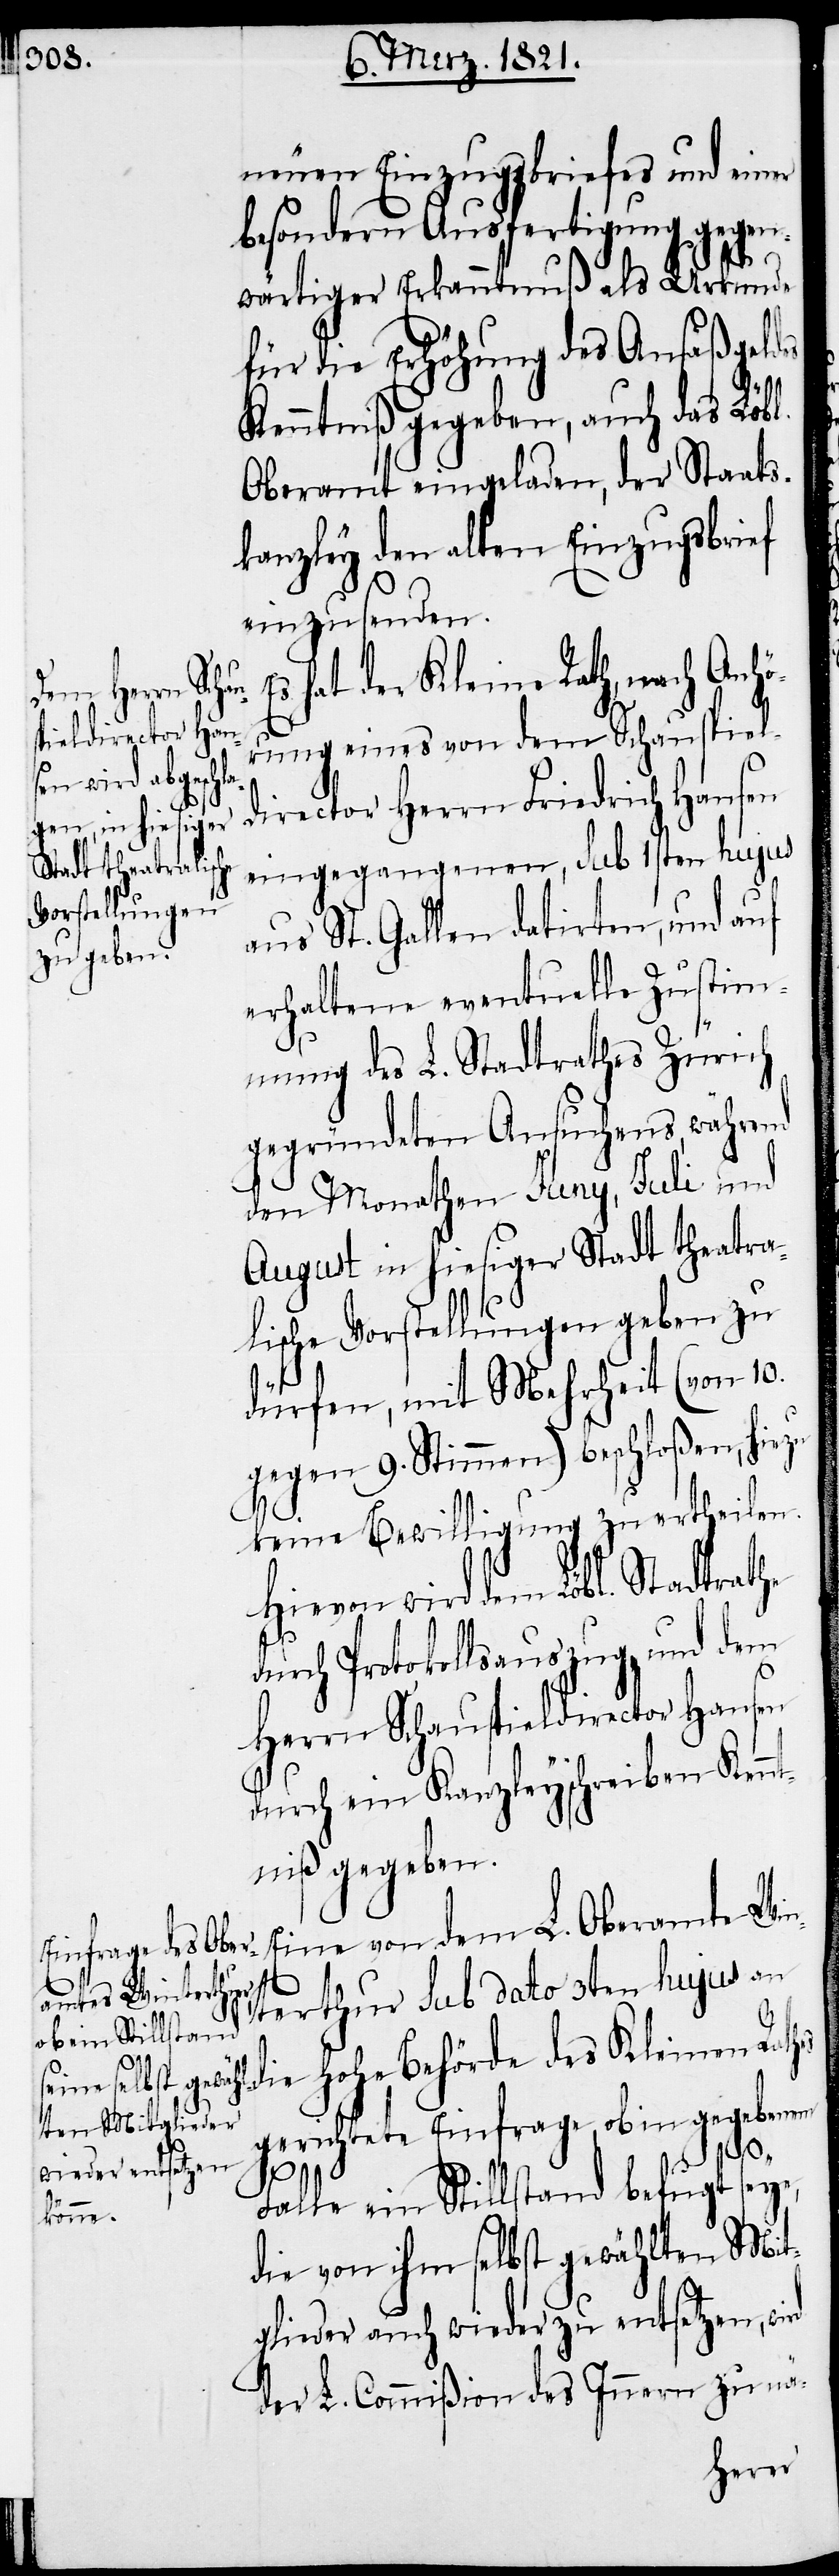
neuen Einzugsbriefes und einer
besondern Ausfertigung gegen¬
wärtiger Erkanntnuß als Urkunde
für die Erhöhung des Ansäßgeldes
Kenntniß gegeben, auch das Löbl.
Oberamt eingeladen, der Staats¬
kanzley den alten Einzugsbrief
einzusenden.
hat der Kleine Rath, nach Anhö¬
rung eines von dem Schauspiel¬
director Herrn Friedrich Hansen
es
eingegangenen, sub 1sten hujus
aus St. Gallen datirten, und auf
erhaltene eventuelle Zustim¬
mung des L. Stadtrathes Zürich
gegründeten Ansuchens, während
den Monathen Juny, Juli und
August in hiesiger Stadt theatra¬
lische Vorstellungen geben zu
dürfen, mit Mehrheit (von 10.
gegen 9. Stimmen) beschloßen, hiezu
keine Bewilligung zu ertheilen.
Hievon wird dem Lobl. Stadtrathe
durch Protokollsauszug, und dem
Herrn Schauspieldirector Hansen
durch ein Kanzleyschreiben Kennt¬
niß gegeben.
Eine von dem L. Oberamte Win¬
terthur sub dato 3ten hujus an
die hohe Behörde des Kleinen Rath¬
gerichtete Einfrage, ob in gegebenem
Falle ein Stillstand befugt seye,
die von ihm selbst gewählten Mit¬
glieder auch wieder zu entsetzen, wird
der L. Commißion des Innern zu nä-